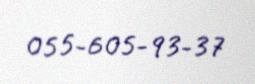
055-605-93-37